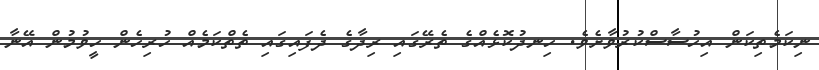
ނިކަމެތިކަން އިހުސާސްކުރުވާށެވެ. ހިނދުކޮޅެއްގެ ތެރޭގައި ރިދާގެ ދެފައިގައި ތެތްކަމެއް ހުރިހެން ހީވުމުން އޭނާ